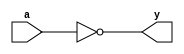
module not_gate (
    input a,
    output y
);

assign y = ~a;

endmodule